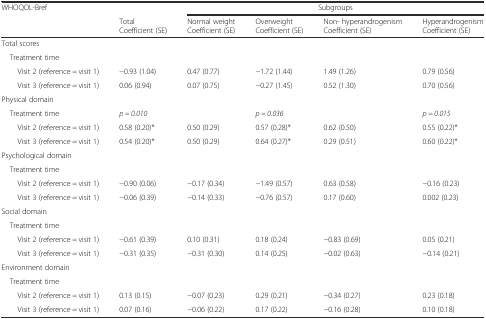
<table><thead><tr><td rowspan="2"><b>WHOQOL-Bref</b></td><td rowspan="2"><b>TotalCoefficient (SE)</b></td><td colspan="4"><b>Subgroups</b></td></tr><tr><td><b>Normal weightCoefficient (SE)</b></td><td><b>OverweightCoefficient (SE)</b></td><td><b>Non- hyperandrogenismCoefficient (SE)</b></td><td><b>HyperandrogenismCoefficient (SE)</b></td></tr></thead><tbody><tr><td colspan="6">Total scores</td></tr><tr><td> Treatment time</td><td></td><td></td><td></td><td></td><td></td></tr><tr><td>Visit 2 (reference = visit 1)</td><td>−0.93 (1.04)</td><td>0.47 (0.77)</td><td>−1.72 (1.44)</td><td>1.49 (1.26)</td><td>0.79 (0.56)</td></tr><tr><td>Visit 3 (reference = visit 1)</td><td>0.06 (0.94)</td><td>0.07 (0.75)</td><td>−0.27 (1.45)</td><td>0.52 (1.30)</td><td>0.70 (0.56)</td></tr><tr><td colspan="6">Physical domain</td></tr><tr><td> Treatment time</td><td><i>p = 0.010</i></td><td></td><td><i>p = 0.036</i></td><td></td><td><i>p = 0.015</i></td></tr><tr><td>Visit 2 (reference = visit 1)</td><td>0.58 (0.20)*</td><td>0.50 (0.29)</td><td>0.57 (0.28)*</td><td>0.62 (0.50)</td><td>0.55 (0.22)*</td></tr><tr><td>Visit 3 (reference = visit 1)</td><td>0.54 (0.20)*</td><td>0.50 (0.29)</td><td>0.64 (0.27)*</td><td>0.29 (0.51)</td><td>0.60 (0.22)*</td></tr><tr><td colspan="6">Psychological domain</td></tr><tr><td> Treatment time</td><td></td><td></td><td></td><td></td><td></td></tr><tr><td>Visit 2 (reference = visit 1)</td><td>−0.90 (0.06)</td><td>−0.17 (0.34)</td><td>−1.49 (0.57)</td><td>0.63 (0.58)</td><td>−0.16 (0.23)</td></tr><tr><td>Visit 3 (reference = visit 1)</td><td>−0.06 (0.39)</td><td>−0.14 (0.33)</td><td>−0.76 (0.57)</td><td>0.17 (0.60)</td><td>0.002 (0.23)</td></tr><tr><td colspan="6">Social domain</td></tr><tr><td> Treatment time</td><td></td><td></td><td></td><td></td><td></td></tr><tr><td>Visit 2 (reference = visit 1)</td><td>−0.61 (0.39)</td><td>0.10 (0.31)</td><td>0.18 (0.24)</td><td>−0.83 (0.69)</td><td>0.05 (0.21)</td></tr><tr><td>Visit 3 (reference = visit 1)</td><td>−0.31 (0.35)</td><td>−0.31 (0.30)</td><td>0.14 (0.25)</td><td>−0.02 (0.63)</td><td>−0.14 (0.21)</td></tr><tr><td colspan="6">Environment domain</td></tr><tr><td> Treatment time</td><td></td><td></td><td></td><td></td><td></td></tr><tr><td>Visit 2 (reference = visit 1)</td><td>0.13 (0.15)</td><td>−0.07 (0.23)</td><td>0.29 (0.21)</td><td>−0.34 (0.27)</td><td>0.23 (0.18)</td></tr><tr><td>Visit 3 (reference = visit 1)</td><td>0.07 (0.16)</td><td>−0.06 (0.22)</td><td>0.17 (0.22)</td><td>−0.16 (0.28)</td><td>0.10 (0.18)</td></tr></tbody></table>